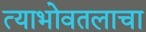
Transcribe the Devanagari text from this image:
त्याभोवतलाचा